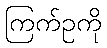
ကြက်ဥကို